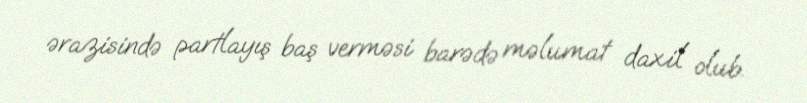
ərazisində partlayış baş verməsi barədə məlumat daxil olub.